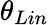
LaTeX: \theta_{Lin}